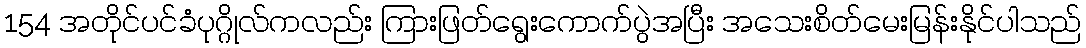
154 အတိုင်ပင်ခံပုဂ္ဂိုလ်ကလည်း ကြားဖြတ်ရွေးကောက်ပွဲအပြီး အသေးစိတ်မေးမြန်းနိုင်ပါသည်